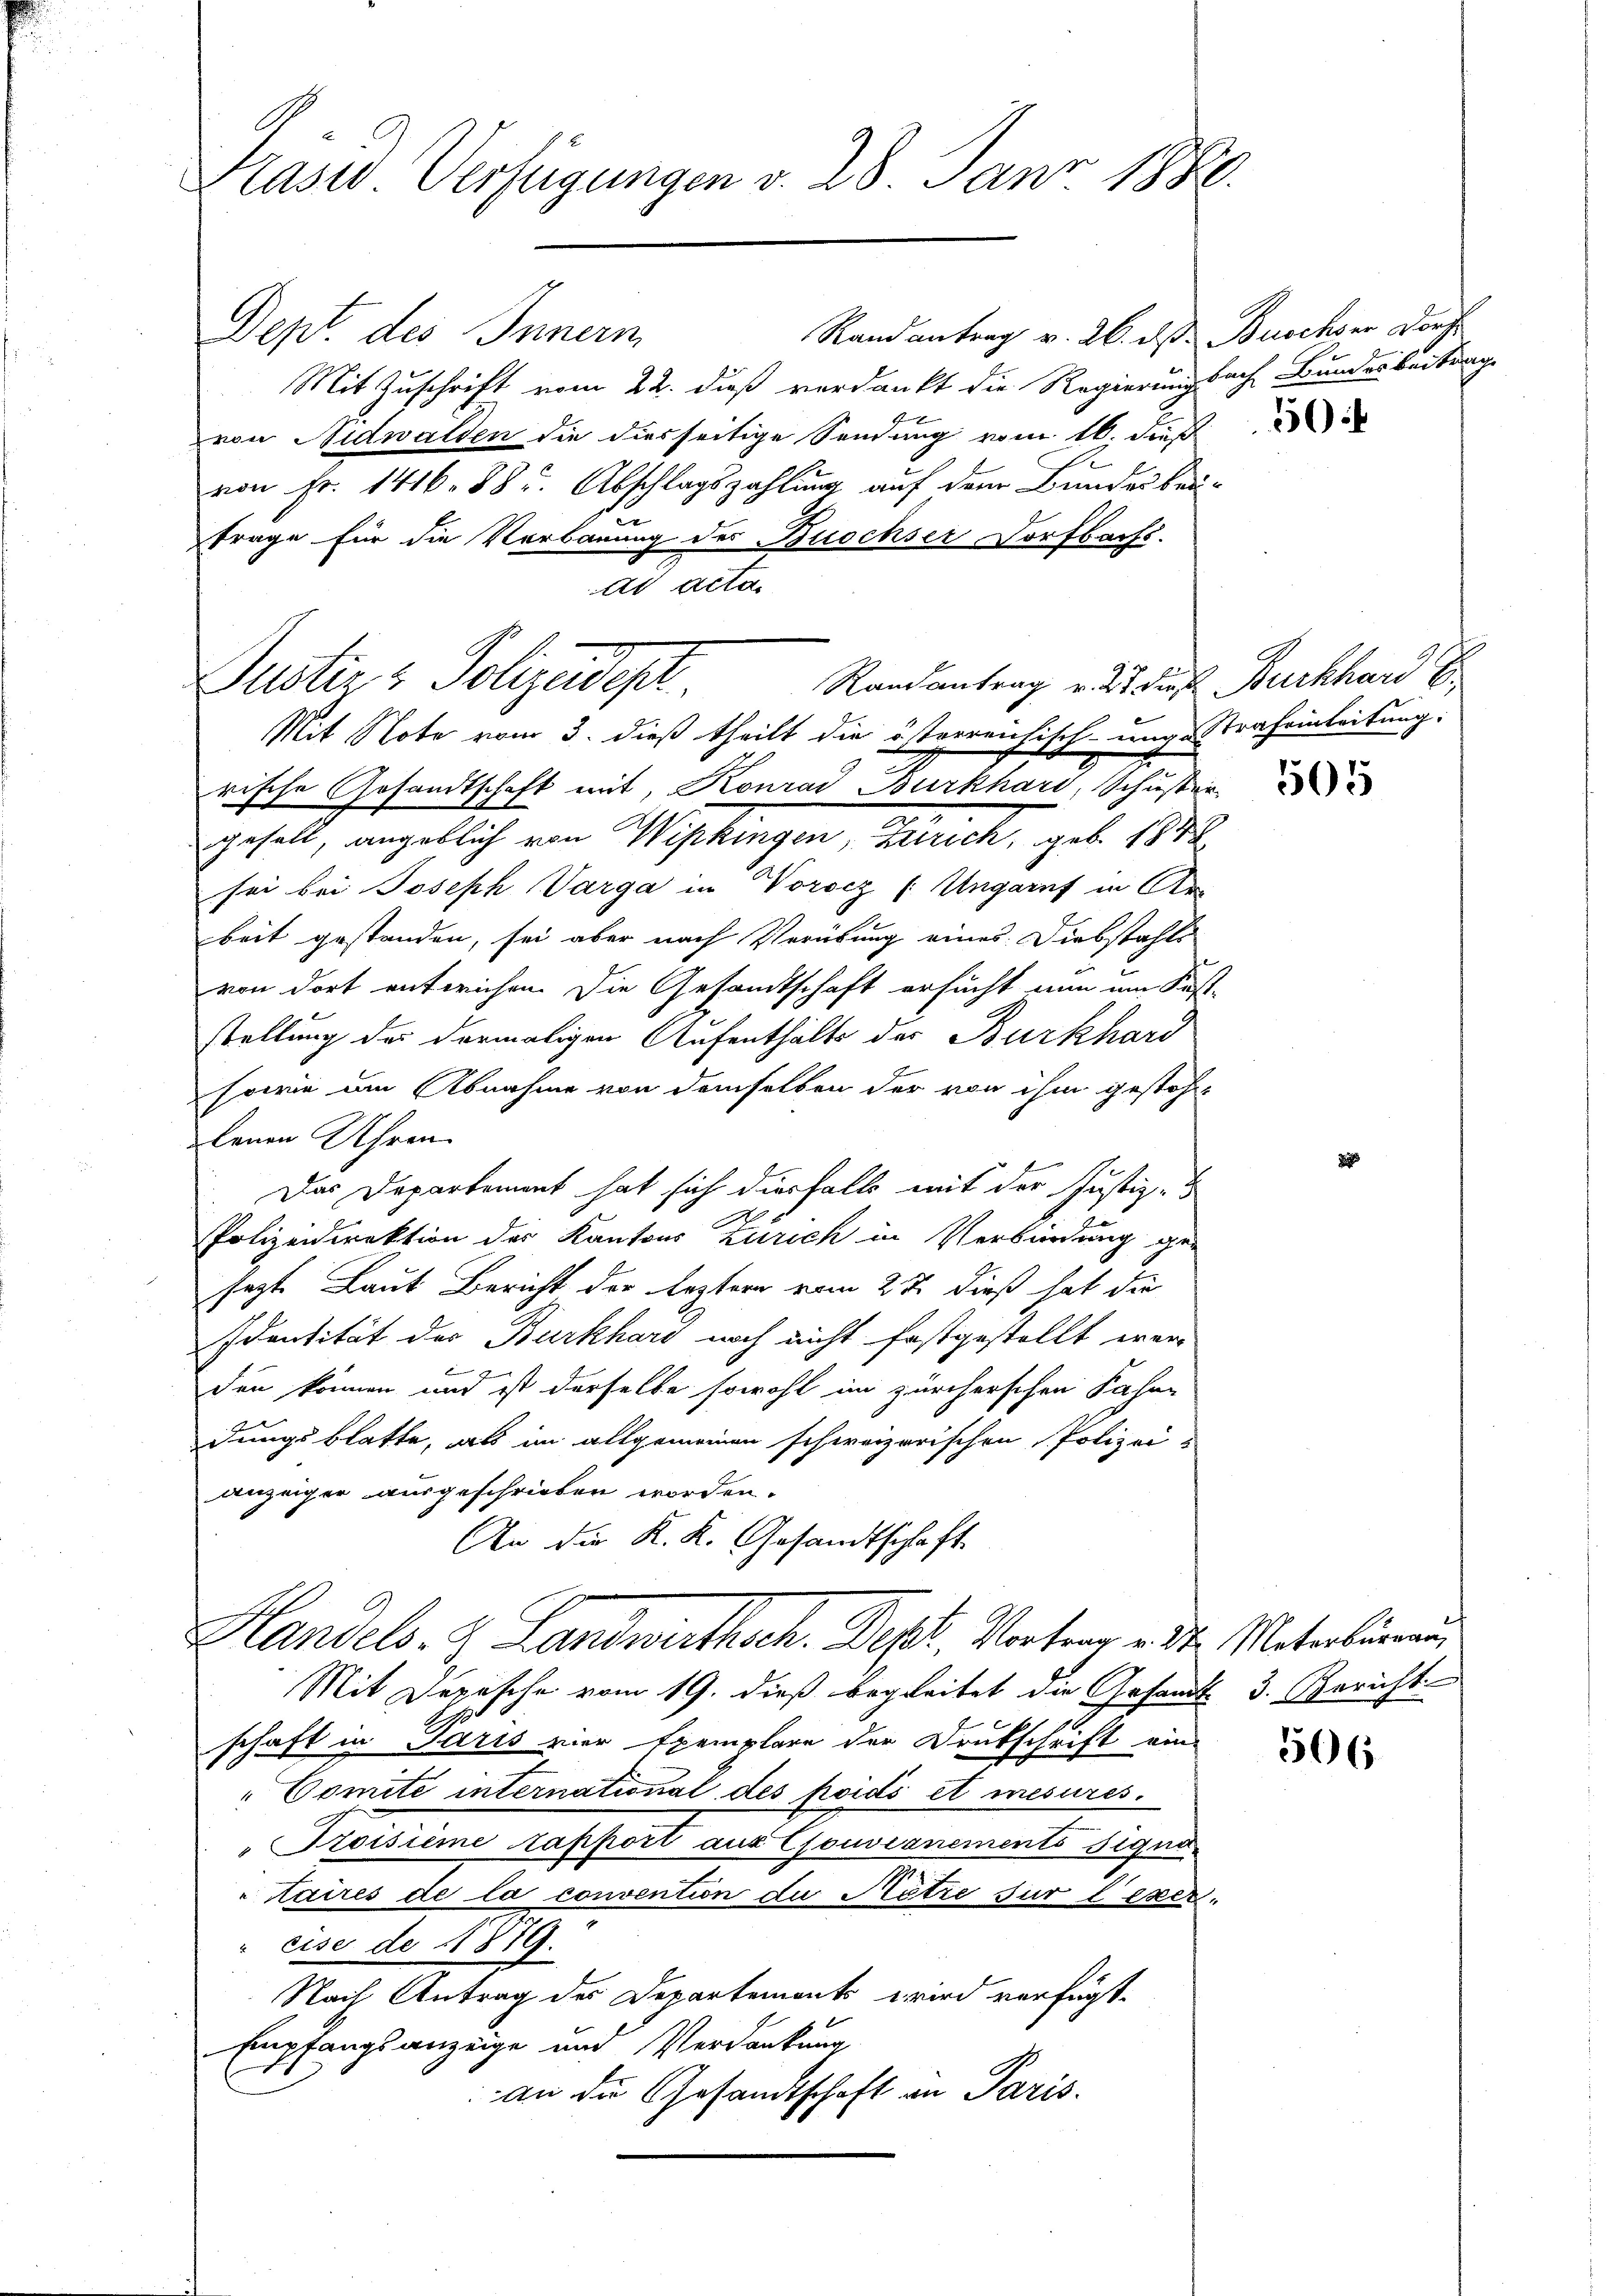
Präsid. Verfügungen v. 28. Janr 1880.

Randantrag v. 26. das Buschwer Dorchs
Dept. des Innern
Mit Zuschrift vom 22. daß verdankt die Regierungsach Bundesbeitrage
von Nidwalden die diesseitige Sendung vom 16. dieß
von Fr. 1416. 88 u. Abschlagszahlung auf dem Bundesbeitrage für die Verbauung des Buochser Dorfbachs-
Mit Note vom 3. dieß theilt die österreichisch-ung- Strafeinleitung:
rische Gesandtschaft mit, Konrad Burkhard, Schusser
gefall, angeblich von Wipkingen, Zürich, geb. 188
sei bei Joseph Varga in Vorocz (: Ungarif in Ar-
beit gestanden, sei aber nach Verübung eines Diebstahls
von dort entwichen. Die Gesandtschaft ersucht nun am Sust-
stellung des dermaligen Aufenthalts der Burkhard
sowie am Abnahme von demselben der von ihm gestohlenen Uhren
Das Departement hat sich diesfalls mit der Justiz-
Polizeidirektion der Kantons Zürich in Verbindung ge-
sezt Laut Bericht der leztern vom 22. dieß hat die
Identität des Burkhard noch nicht festgestellt wer
xx
den können und ist derselbe sowohl im zürcherschen Fahne
dungsblatte, als im allgemeinen schweizerischen Polizeianzeiger ausgeschrieben worden.
An die K. K. Gesandtschaft.
Handels- & Landwirthsch. Dept, Vortrag erte Materlieren
Mit Depesche vom 19. dieß begleitet die Gesamt 3. Bericht
schaft in Paris vier Exemplare der Drukschrift ein-
Comite international des poids et mesures.
"Troisime rapport aus Gouveanements Signa
aires de la convention die Netze für texer
eise de 1879.
Nach Antrag des Departements wird verfügt:
Empfangsanzeige und Verdankung
an die Gesandtschaft an Paris.

ad actan
Justiz & Polizeidigt.

Randantrag v. 25 dieß Burkhard 6.

10

505

506